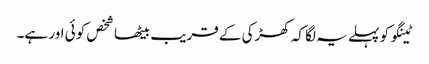
ٹینگو کو پہلے یہ لگا کہ کھڑکی کے قریب بیٹھا شخص کوئی اور ہے۔